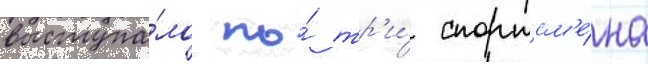
выступа́ло по́ тр'и́ спортсм'е́на